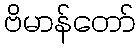
ဗိမာန်တော်